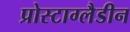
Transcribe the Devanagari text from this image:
प्रोस्टाग्लैडीन